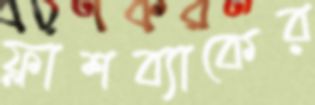
ফ্লাশব্যাকের